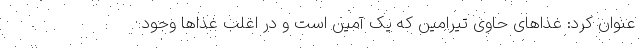
عنوان کرد: غذاهای حاوی تیرامین که یک آمین است و در اغلب غذاها وجود